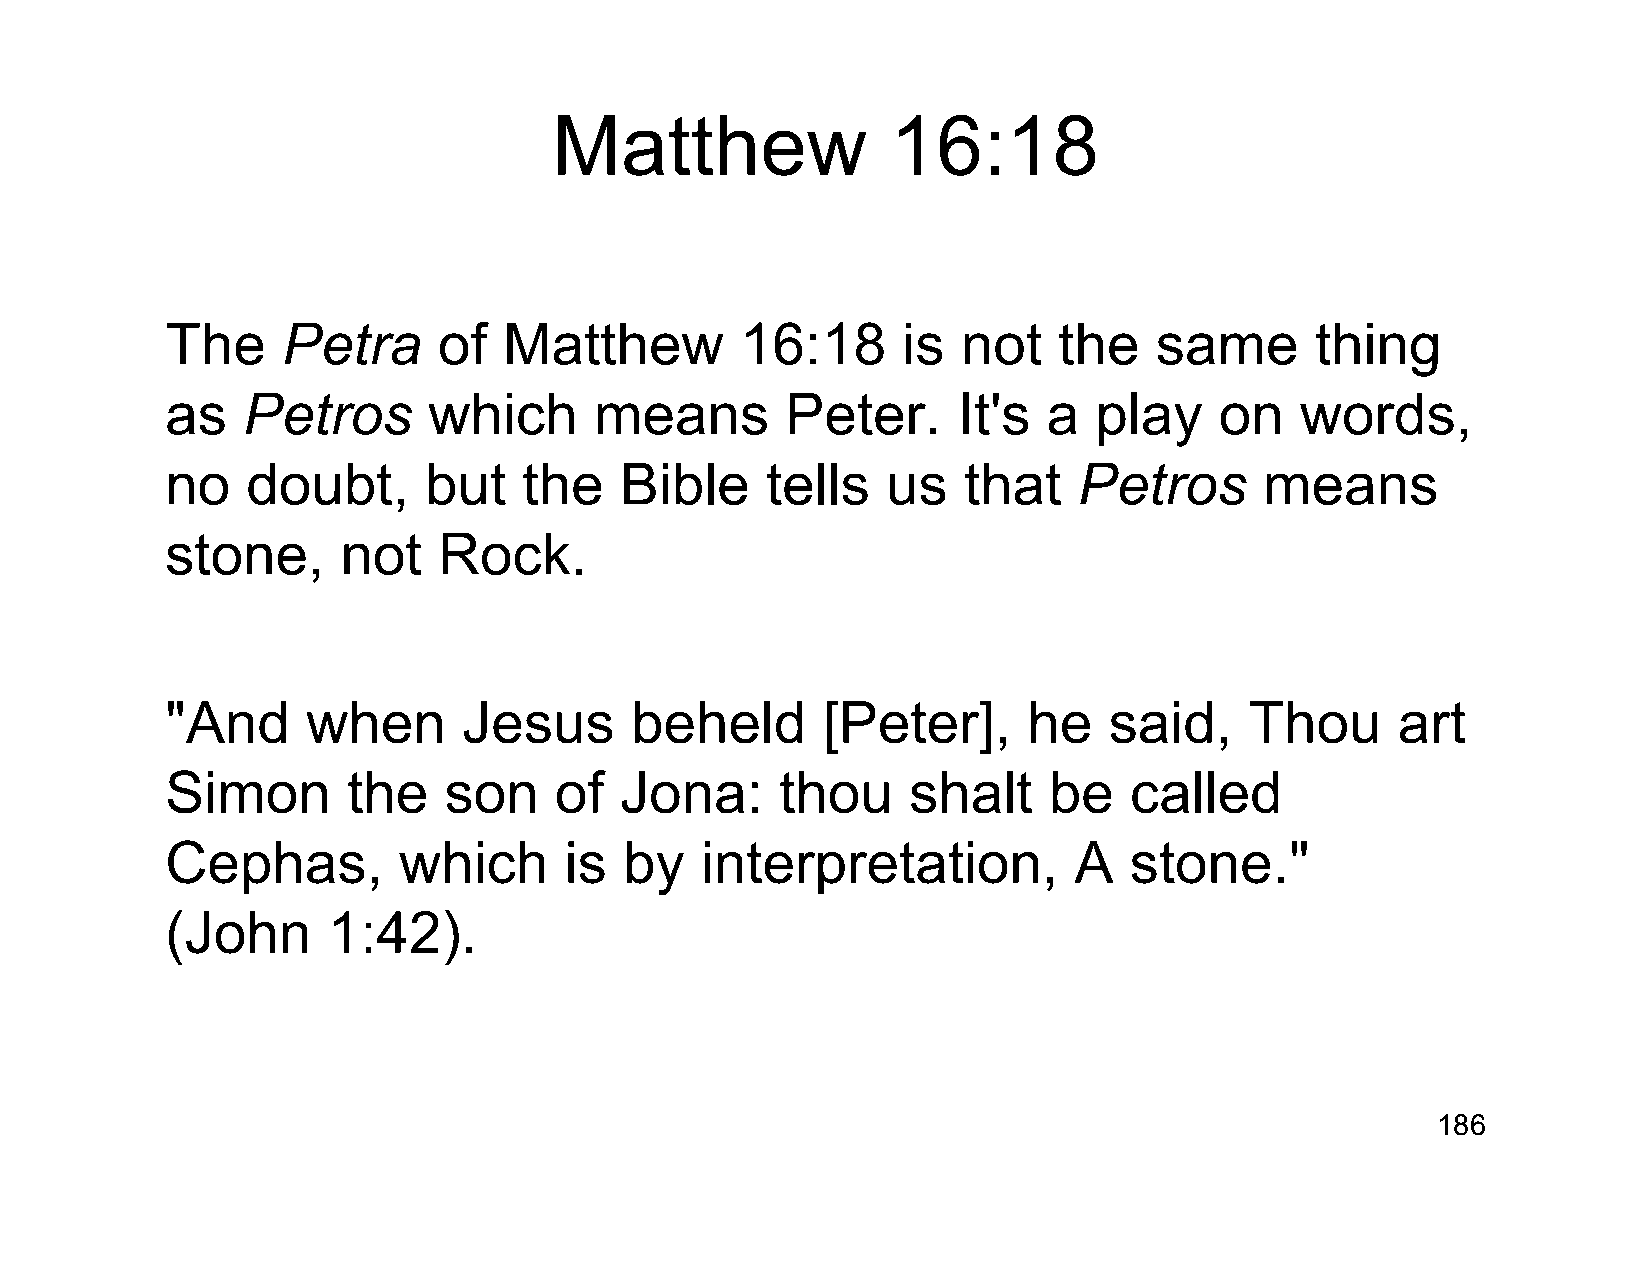
Matthew               16:18
 The     Petra     of  Matthew         16:18      is  not   the   same       thing
 as   Petros      which      means        Peter.     It's  a  play     on   words,
 no   doubt,      but    the   Bible     tells   us   that   Petros       means
 stone,      not   Rock.
 "And     when       Jesus      beheld      [Peter],      he   said,     Thou     art
 Simon       the   son     of  Jona:      thou    shalt    be    called
 Cephas,        which      is  by   interpretation,          A   stone."
 (John      1:42).
 186